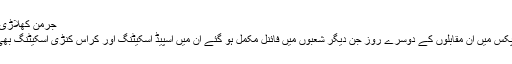
جرمن کھلاڑی مگدلینا نوئنر
وینکوور اولمپکس میں ان مقابلوں کے دوسرے روز جن دیگر شعبوں میں فائنل مکمل ہو گئے ان میں اسپیڈ اسکیٹنگ اور کراس کنڑی اسکیٹنگ بھی شامل تھے ۔